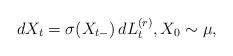
LaTeX: \begin{align*}dX_t = \sigma(X_{t-}) \, dL_t^{(r)}, X_0 \sim \mu, \end{align*}